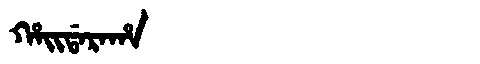
Manchu: ᡥᠠᡳᡩᠠᡵᠠᡥᠠ
Romanization: HAIDARAHA